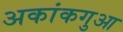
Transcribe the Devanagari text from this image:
अकांकगुआ